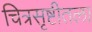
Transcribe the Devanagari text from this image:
चित्रसृष्टीतला